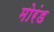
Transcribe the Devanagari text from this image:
मोरंड